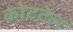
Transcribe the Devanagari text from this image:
कोटटेल